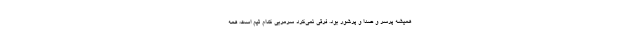
همیشه پر‌سر و صدا و پرشور بود. فرقی نمی‌کرد سرمربی کدام تیم است، همه